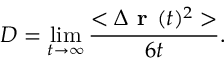
D = \operatorname* { l i m } _ { t \rightarrow \infty } \frac { < \Delta \textbf { r } ( t ) ^ { 2 } > } { 6 t } .